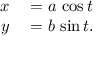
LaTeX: \begin{array} { r l } { x } & { { } = a \, \cos t } \\ { y } & { { } = b \, \sin t . } \end{array}